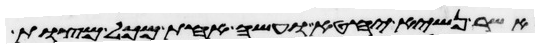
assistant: אשר נשיא יחטא ועשה אחת מכל מצות